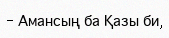
- Амансың ба Қазы би,